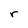
Character: r